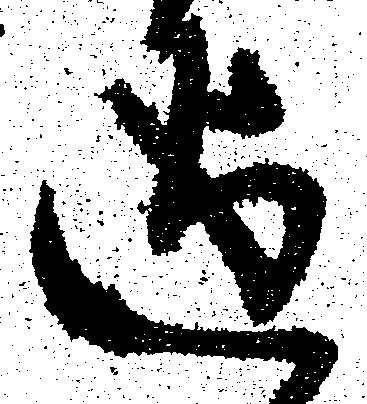
迄